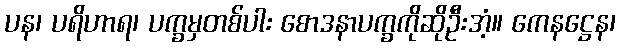
ပန၊ ပရိဟာရ၊ ပက္ခမှတစ်ပါး စောဒနာပက္ခကိုဆိုဦးအံ့။ ကေနဋ္ဌေန၊